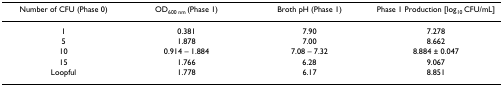
| Number of CFU (Phase 0) | OD600 nm (Phase 1) | Broth pH (Phase 1) | Phase 1 Production [log10 CFU/mL] |
 | --- | --- | --- | --- |
 | 1 | 0.381 | 7.90 | 7.278 |
 | 5 | 1.878 | 7.00 | 8.662 |
 | 10 | 0.914 – 1.884 | 7.08 – 7.32 | 8.884 ± 0.047 |
 | 15 | 1.766 | 6.28 | 9.067 |
 | Loopful | 1.778 | 6.17 | 8.851 |